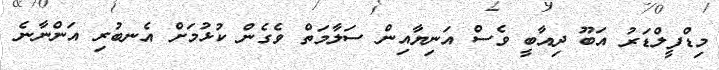
މިޑްފީލްޑަރު އަބޫ ދިއާބީ ވެސް އަނިޔާއިން ސަލާމަތް ވެގެން ކުޅުމަށް އެނބުރި އަންނާނެ